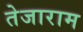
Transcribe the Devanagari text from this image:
तेजाराम